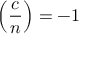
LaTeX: \left( { \frac { c } { n } } \right) = - 1